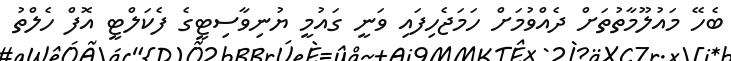
ބެހޭ މައުލޫމާތުތަށް ދެއްވުމަށް ހަމަޖެހިފައި ވަނީ ގައުމީ ޔުނިވާސިޓީގެ ފެކަލްޓީ އޮފް ހެލްތު